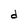
Character: d